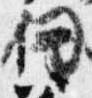
剣